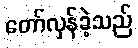
တော်လှန်ခဲ့သည်